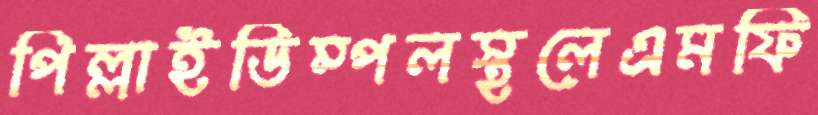
পিল্লাইডিম্পলস্থলেএমফি